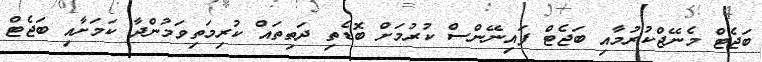
ބަޖެޓް މެނޭޖްކުރުމާއި ބަޖެޓް ފައިނޭންސް ކުރުމަށް ބޮޑެތި ދަތިތައް ކުރިމަތިވަމުންދާ ކަމަށާއި ބަޖެޓް